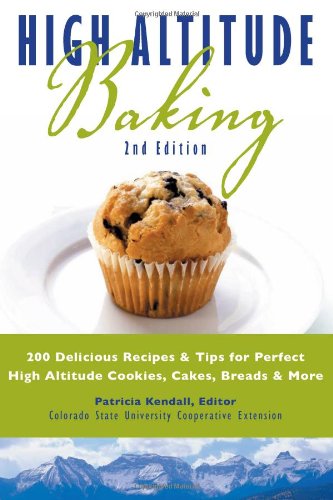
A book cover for High Altitude Baking: 200 Delicious Recipes & Tips for Great Cookies, Cakes, Breads & More; Colorado State University Cooperative Extension; Cookbooks, Food & Wine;